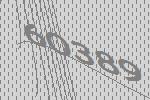
60389